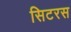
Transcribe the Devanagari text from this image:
सिटरस